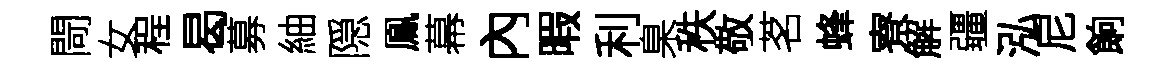
閜女程曷募紬隠鳯幕內暇利臬秩敬茗蜂寮解疆泓尼餉